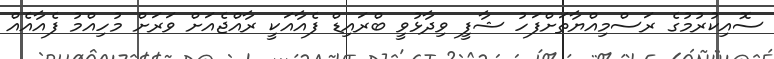
ސޮއިކުރުމުގެ ރަސްމިއްޔާތަށްފަހު ޝާފީ ވިދާޅުވީ ބްރައިޑް ފެއާއަކީ ރާއްޖެއަށް ވަރަށް މުހިއްމު ފެއާއެއް